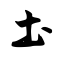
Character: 土